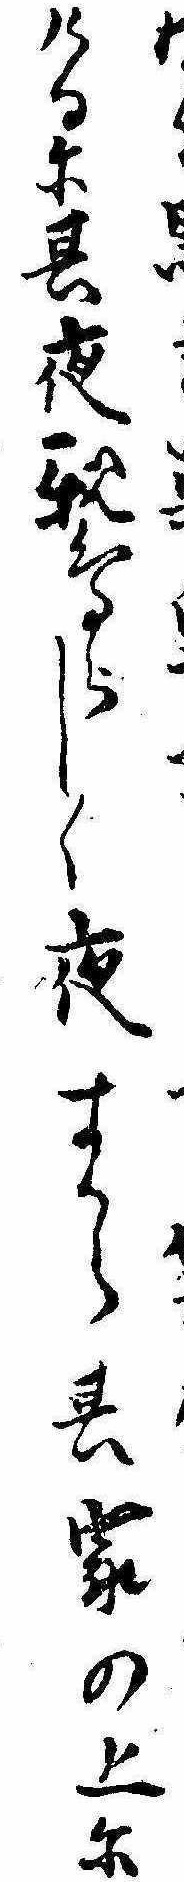
るけるに其夜親鳥らしく夜すから其家の上に